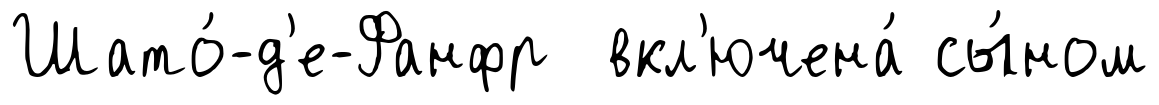
Шато́-д'е-Фанфр вкл'ючена́ сы́ном